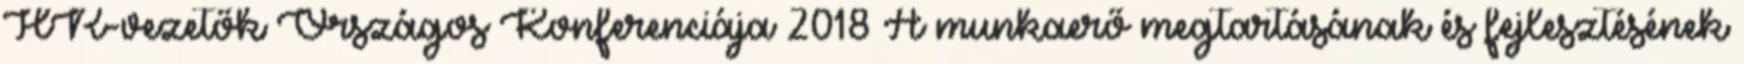
HR-vezetők Országos Konferenciája 2018 A munkaerő megtartásának és fejlesztésének